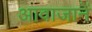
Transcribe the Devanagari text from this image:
आवाजानें